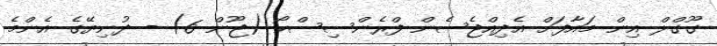
ގޫގްލް އިން މައާފަށް އެދިއްޖެސެން ފްރެންސިސްކޯ (ޖޫން 6) - ދުނިޔޭގެ އެންމެ